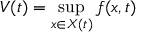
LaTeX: V ( t ) = \operatorname* { s u p } _ { x \in X \left( t \right) } f ( x , t )